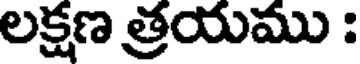
లక్షణ త్రయము :